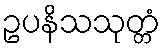
ဥပနိသသုတ္တံ